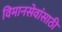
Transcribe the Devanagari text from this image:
विमानसेवांसाठी